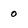
Character: 0